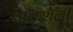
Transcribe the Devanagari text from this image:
वाक्शैली